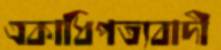
একাধিপত্যবাদী